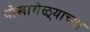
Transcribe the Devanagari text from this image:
चोखामेळ्याच्या